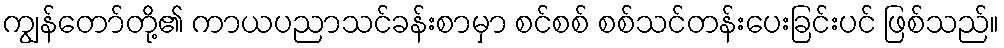
ကျွန်တော်တို့၏ ကာယပညာသင်ခန်းစာမှာ စင်စစ် စစ်သင်တန်းပေးခြင်းပင် ဖြစ်သည်။